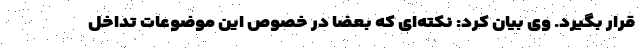
قرار بگیرد. وی بیان کرد: نکته‌ای که بعضاً در خصوص این موضوعات تداخل